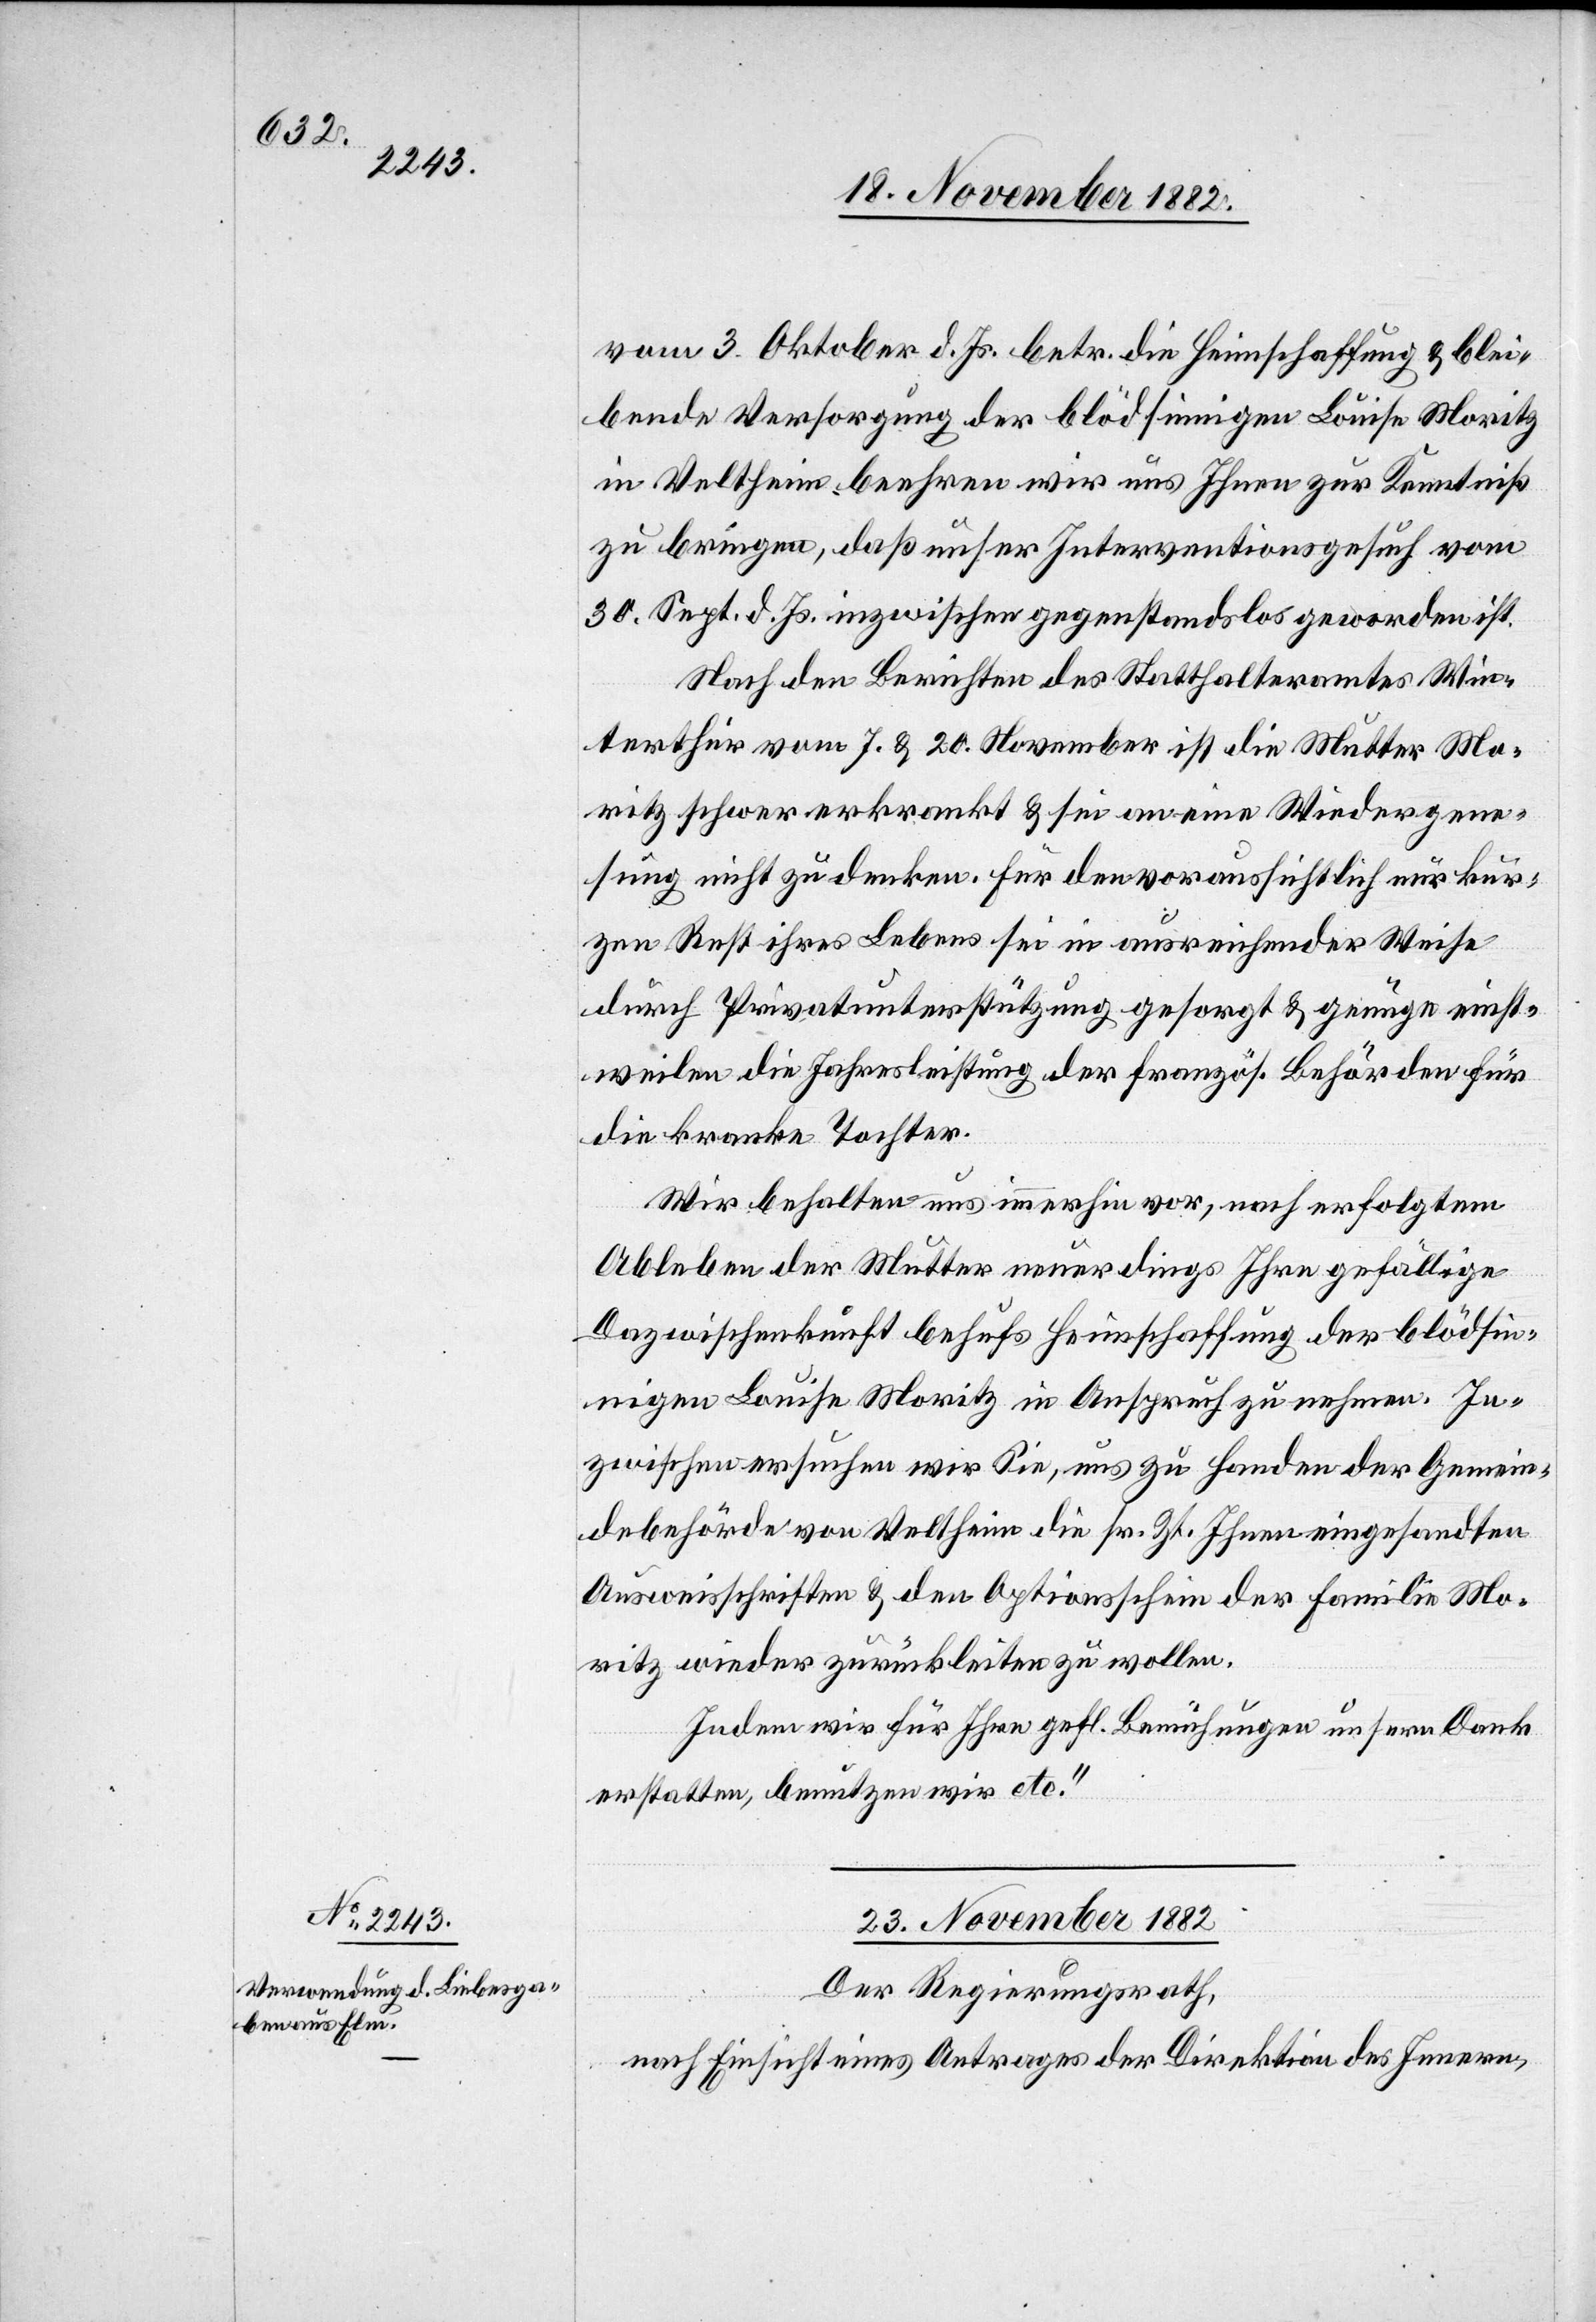
vom 3. Oktober d. Js. betr. die Heimschaffung & blei¬
bende Versorgung der blödsinnigen Louise Moritz
in Veltheim beehren wir uns Ihnen zur Kenntniß
zu bringen, daß unser Inventionsgesuch vom
30. Sept. d. Js. inzwischen gegenstandslos geworden ist.
Nach den Berichten des Statthalteramtes Win¬
terthur vom 7. & 20. November ist die Mutter Mo¬
ritz schwer erkrankt & sei an eine Wiedergene¬
sung nicht zu denken. Für den voraussichtlich nur kur¬
zen Rest ihres Lebens sei in ausreichender Weise
durch Privatunterstützung gesorgt & genüge einst¬
weilen die Jahresleistung der französ. Behörden für
die kranke Tochter.
Wir behalten uns immerhin vor, nach erfolgtem
Ableben der Mutter neuerdings Ihre gefällige
Dazwischenkunft behufs Heimschaffung der blödsin¬
nigen Louise Moritz in Anspruch zu nehmen. In¬
zwischen ersuchen wir Sie, uns zu Handen der Gemein¬
debehörde von Veltheim die sr. Zt. Ihnen eingesandten
Ausweisschriften & den Optionsschein der Familie Mo¬
ritz wieder zurückleiten zu wollen.
Indem wir für Ihre gefl. Bemühungen unseren Dank
erstatten, benutzen wir etc.“
23. November 1882.
Der Regierungsrath,
nach Einsicht eines Antrages der Direktion des Innern,